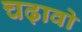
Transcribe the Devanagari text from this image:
चढ़ावो